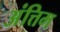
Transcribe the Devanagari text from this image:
अंत्तिम